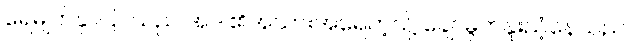
ရေမျက်နှာပြင်သည် အဒါ၏အသားအရေကဲ့သို့ ချောမွတ်နူးညံ့နေသည်။